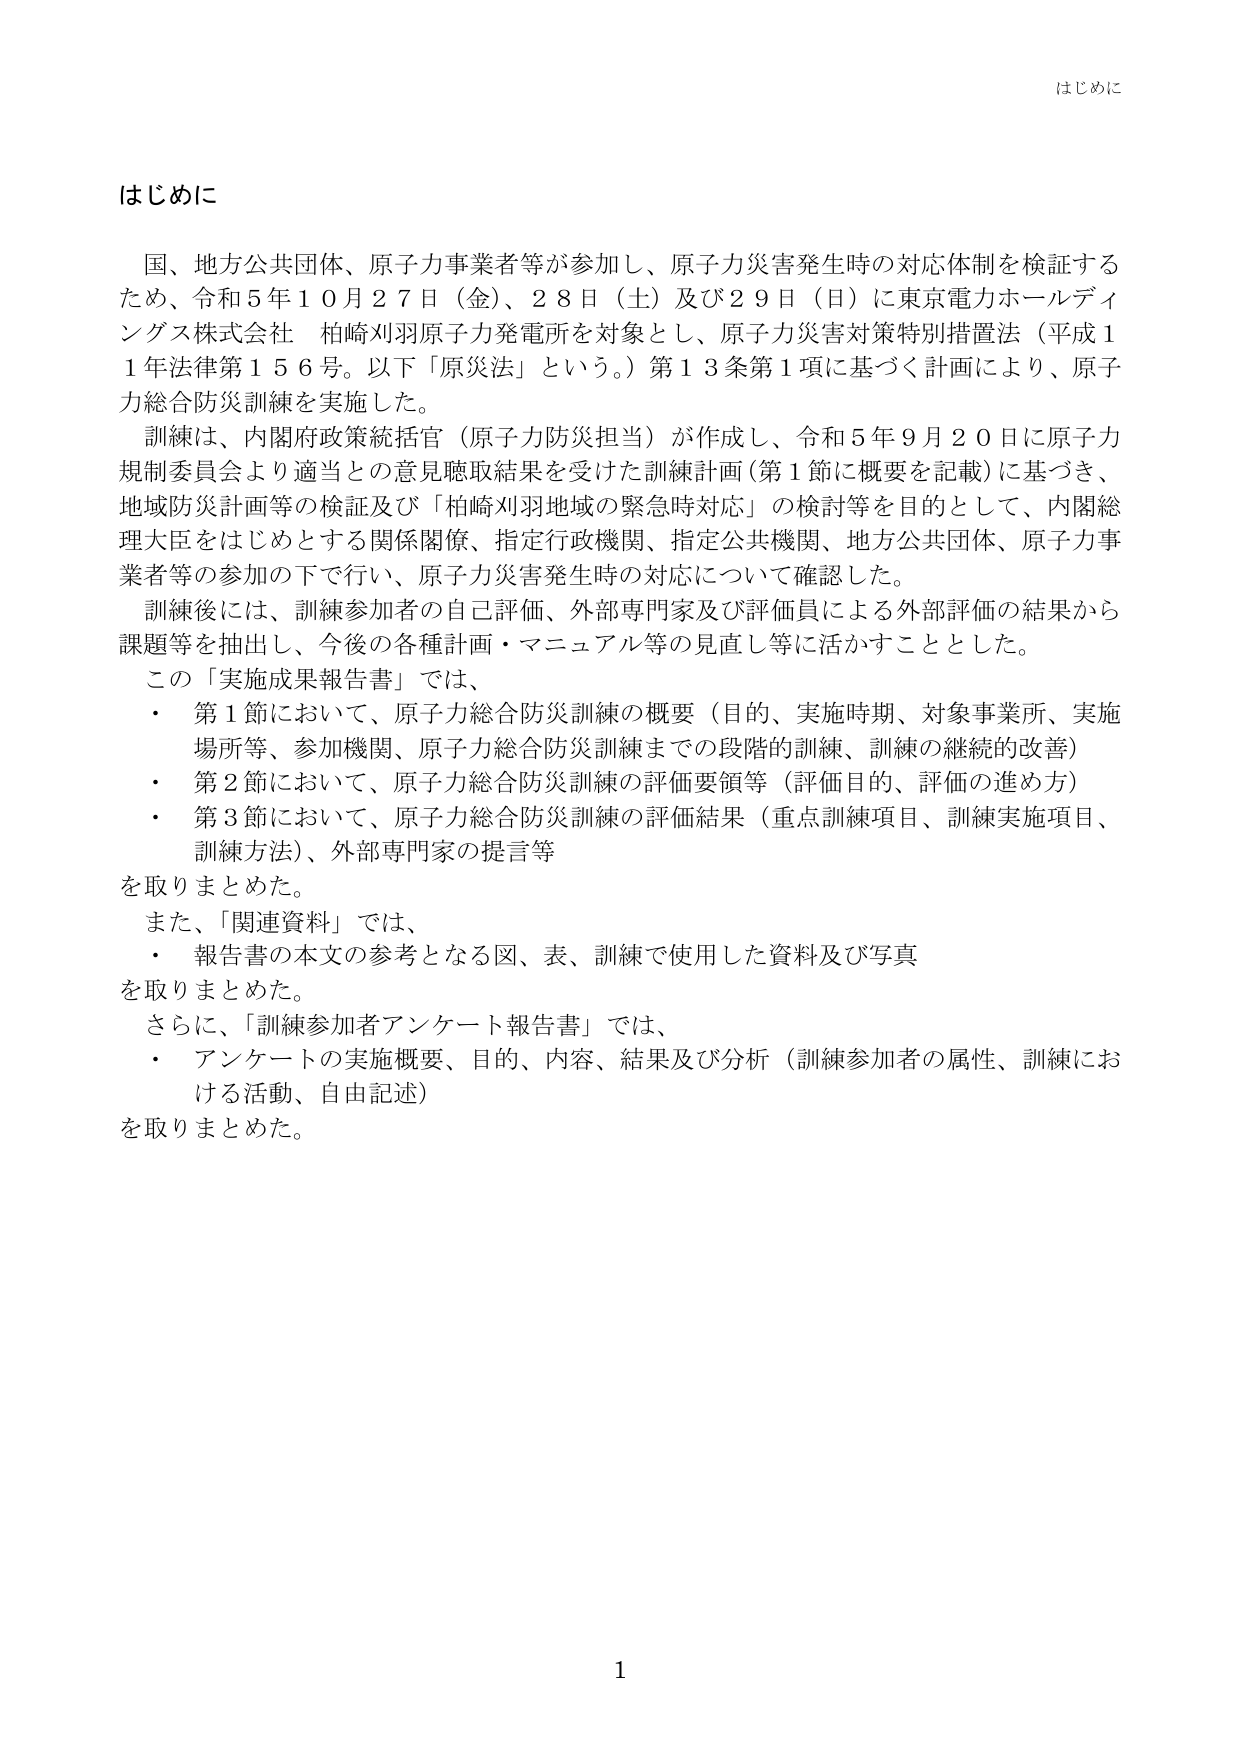
はじめに

国、地方公共団体、原子力事業者等が参加し、原子力災害発生時の対応体制を検証するため、令和５年１０月２７日（金）、２８日（土）及び２９日（日）に東京電力ホールディングス株式会社 柏崎刈羽原子力発電所を対象とし、原子力災害対策特別措置法（平成１１年法律第１５６号。以下「原災法」という。）第１３条第１項に基づく計画により、原子力総合防災訓練を実施した。

訓練は、内閣府政策統括官（原子力防災担当）が作成し、令和５年９月２０日に原子力規制委員会より適当との意見聴取結果を受けた訓練計画（第１節に概要を記載）に基づき、地域防災計画等の検証及び「柏崎刈羽地域の緊急時対応」の検討等を目的として、内閣総理大臣をはじめとする関係閣僚、指定行政機関、指定公共機関、地方公共団体、原子力事業者等の参加の下で行い、原子力災害発生時の対応について確認した。

訓練後には、訓練参加者の自己評価、外部専門家及び評価員による外部評価の結果から課題等を抽出し、今後の各種計画・マニュアル等の見直し等に活かすこととした。

この「実施成果報告書」では、
・ 第１節において、原子力総合防災訓練の概要（目的、実施時期、対象事業所、実施場所等、参加機関、原子力総合防災訓練までの段階的訓練、訓練の継続的改善）
・ 第２節において、原子力総合防災訓練の評価要領等（評価目的、評価の進め方）
・ 第３節において、原子力総合防災訓練の評価結果（重点訓練項目、訓練実施項目、訓練方法）、外部専門家の提言等
を取りまとめた。

また、「関連資料」では、
・ 報告書の本文の参考となる図、表、訓練で使用した資料及び写真
を取りまとめた。

さらに、「訓練参加者アンケート報告書」では、
・ アンケートの実施概要、目的、内容、結果及び分析（訓練参加者の属性、訓練における活動、自由記述）
を取りまとめた。

1